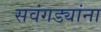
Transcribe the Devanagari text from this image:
सवंगड्यांना